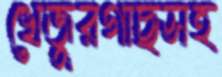
খেজুরগাছসহ